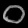
Digit: ၀